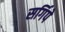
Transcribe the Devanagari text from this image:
सर्गिपे